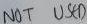
Text: NOT USED